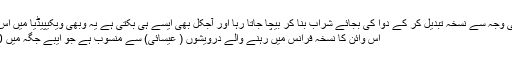
پھر بعد میں اسی کو کسی وجہ سے نسخہ تبدیل کر کے دوا کی بجائے شراب بنا کر بیچا جاتا رہا اور آجکل بھی ایسے ہی بکتی ہے یہ وبھی ویکیپیڈیا میں اس کی تاریخ میں لکھا ہے
اس وائن کا نسخہ فرانس میں رہنے والے درویشوں ( عیسائی) سے منسوب ہے جو ایبے جگہ میں 1880 میں رہتے تھے ۔